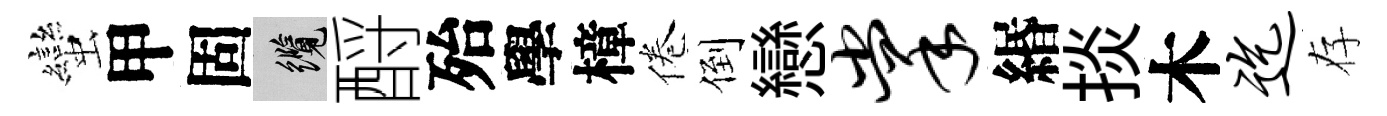
蠻甲固纜酹殆學樟倦倒戀掌緡掞木迄存